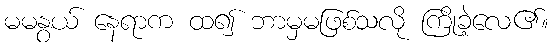
မမနွယ် နေရာက ထ၍ ဘာမှမဖြစ်သလို ကြိုခဲ့လေ၏။